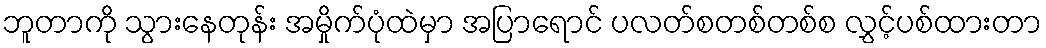
ဘူတာကို သွားနေတုန်း အမှိုက်ပုံထဲမှာ အပြာရောင် ပလတ်စတစ်တစ်စ လွှင့်ပစ်ထားတာ